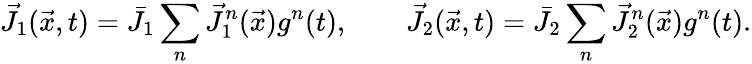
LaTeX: \vec{J}_{1}(\vec{x},t)=\bar{J}_{1}\sum_{n}\vec{J}_{1}^{n}(\vec{x})g^{n}(t),\qquad\vec{J}_{2}(\vec{x},t)=\bar{J}_{2}\sum_{n}\vec{J}_{2}^{n}(\vec{x})g^{n}(t).